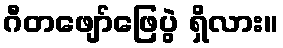
ဂီတဖျော်ဖြေပွဲ ရှိလား။